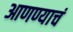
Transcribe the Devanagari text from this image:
आणण्याचं